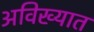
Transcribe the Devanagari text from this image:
अविख्यात